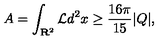
A = \int _ { { \bf R } ^ { 2 } } { \cal L } d ^ { 2 } x \geq \frac { 1 6 \pi } { 1 5 } | Q | ,